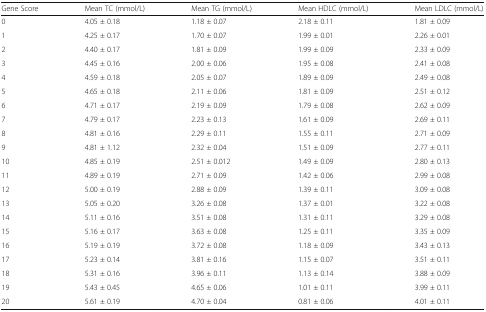
<table><thead><tr><td><b>Gene Score</b></td><td><b>Mean TC (mmol/L)</b></td><td><b>Mean TG (mmol/L)</b></td><td><b>Mean HDLC (mmol/L)</b></td><td><b>Mean LDLC (mmol/L)</b></td></tr></thead><tbody><tr><td>0</td><td>4.05 ± 0.18</td><td>1.18 ± 0.07</td><td>2.18 ± 0.11</td><td>1.81 ± 0.09</td></tr><tr><td>1</td><td>4.25 ± 0.17</td><td>1.70 ± 0.07</td><td>1.99 ± 0.01</td><td>2.26 ± 0.01</td></tr><tr><td>2</td><td>4.40 ± 0.17</td><td>1.81 ± 0.09</td><td>1.99 ± 0.09</td><td>2.33 ± 0.09</td></tr><tr><td>3</td><td>4.45 ± 0.16</td><td>2.00 ± 0.06</td><td>1.95 ± 0.08</td><td>2.41 ± 0.08</td></tr><tr><td>4</td><td>4.59 ± 0.18</td><td>2.05 ± 0.07</td><td>1.89 ± 0.09</td><td>2.49 ± 0.08</td></tr><tr><td>5</td><td>4.65 ± 0.18</td><td>2.11 ± 0.06</td><td>1.81 ± 0.09</td><td>2.51 ± 0.12</td></tr><tr><td>6</td><td>4.71 ± 0.17</td><td>2.19 ± 0.09</td><td>1.79 ± 0.08</td><td>2.62 ± 0.09</td></tr><tr><td>7</td><td>4.79 ± 0.17</td><td>2.23 ± 0.13</td><td>1.61 ± 0.09</td><td>2.69 ± 0.11</td></tr><tr><td>8</td><td>4.81 ± 0.16</td><td>2.29 ± 0.11</td><td>1.55 ± 0.11</td><td>2.71 ± 0.09</td></tr><tr><td>9</td><td>4.81 ± 1.12</td><td>2.32 ± 0.04</td><td>1.51 ± 0.09</td><td>2.77 ± 0.11</td></tr><tr><td>10</td><td>4.85 ± 0.19</td><td>2.51 ± 0.012</td><td>1.49 ± 0.09</td><td>2.80 ± 0.13</td></tr><tr><td>11</td><td>4.89 ± 0.19</td><td>2.71 ± 0.09</td><td>1.42 ± 0.06</td><td>2.99 ± 0.08</td></tr><tr><td>12</td><td>5.00 ± 0.19</td><td>2.88 ± 0.09</td><td>1.39 ± 0.11</td><td>3.09 ± 0.08</td></tr><tr><td>13</td><td>5.05 ± 0.20</td><td>3.26 ± 0.08</td><td>1.37 ± 0.01</td><td>3.22 ± 0.08</td></tr><tr><td>14</td><td>5.11 ± 0.16</td><td>3.51 ± 0.08</td><td>1.31 ± 0.11</td><td>3.29 ± 0.08</td></tr><tr><td>15</td><td>5.16 ± 0.17</td><td>3.63 ± 0.08</td><td>1.25 ± 0.11</td><td>3.35 ± 0.09</td></tr><tr><td>16</td><td>5.19 ± 0.19</td><td>3.72 ± 0.08</td><td>1.18 ± 0.09</td><td>3.43 ± 0.13</td></tr><tr><td>17</td><td>5.23 ± 0.14</td><td>3.81 ± 0.16</td><td>1.15 ± 0.07</td><td>3.51 ± 0.11</td></tr><tr><td>18</td><td>5.31 ± 0.16</td><td>3.96 ± 0.11</td><td>1.13 ± 0.14</td><td>3.88 ± 0.09</td></tr><tr><td>19</td><td>5.43 ± 0.45</td><td>4.65 ± 0.06</td><td>1.01 ± 0.11</td><td>3.99 ± 0.11</td></tr><tr><td>20</td><td>5.61 ± 0.19</td><td>4.70 ± 0.04</td><td>0.81 ± 0.06</td><td>4.01 ± 0.11</td></tr></tbody></table>